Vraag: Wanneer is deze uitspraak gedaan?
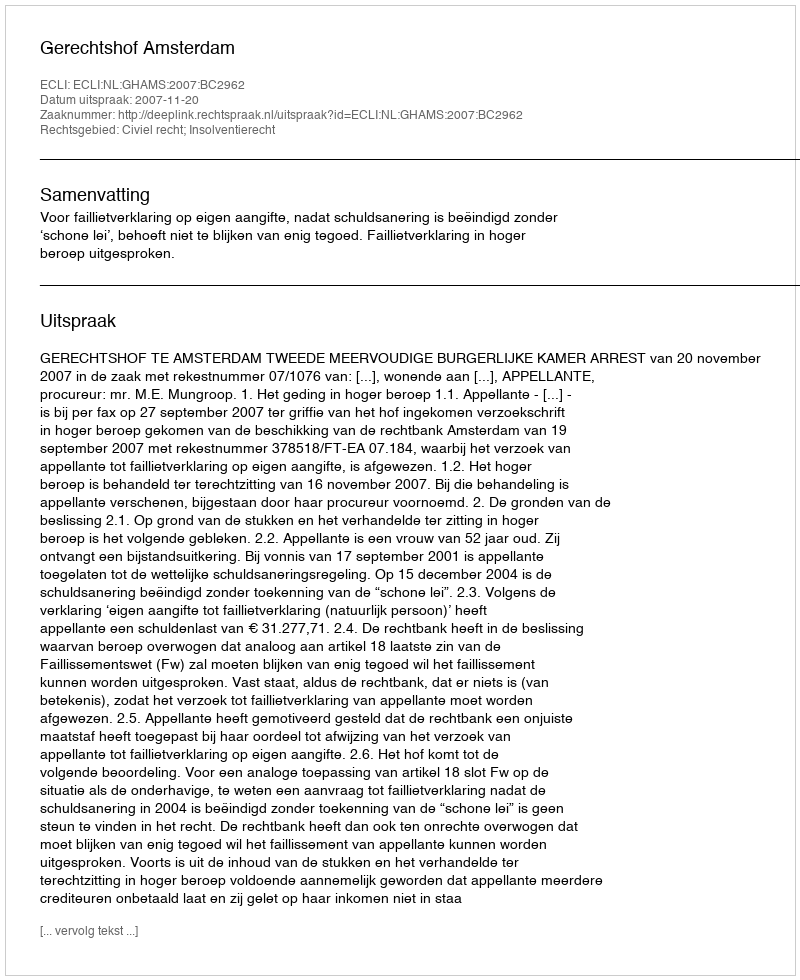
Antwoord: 2007-11-20